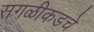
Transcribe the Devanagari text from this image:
सगळीकडचे